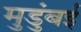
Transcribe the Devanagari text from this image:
मुडुंबई